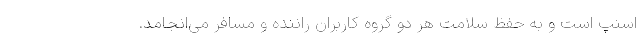
اسنپ است و به حفظ سلامت هر دو گروه کاربران راننده و مسافر می‌انجامد.